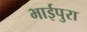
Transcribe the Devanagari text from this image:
भाईपुरा